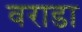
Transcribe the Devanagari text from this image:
वराडा